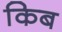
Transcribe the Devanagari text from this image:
किब